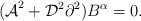
\begin{align*}{(\cal A}^2+{\cal D}^2\partial^2)B^\alpha =0.\end{align*}